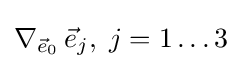
\nabla _{{\vec {e}}_{0}}\,{\vec {e}}_{j},\;j=1\dots 3